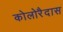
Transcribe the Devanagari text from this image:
कोलोरैदास